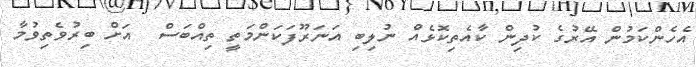
އެހެންކަމުން އޭރުގެ ކުދިން ކާއެތިކޮޅެއް ނުލިބި އަނަރޫފަކަންމަތީ ތިއްބަސް  އަށް ބިރުވެތިވުމާ